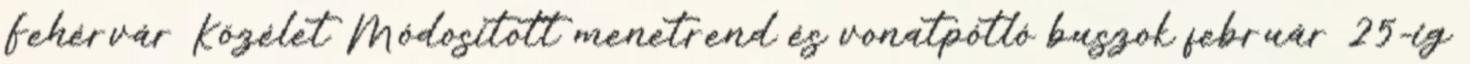
Fehérvár Közélet Módosított menetrend és vonatpótló buszok február 25-ig